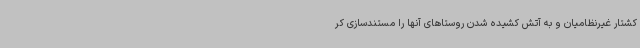
کشتار غیرنظامیان و به آتش کشیده شدن روستاهای آنها را مستندسازی کر